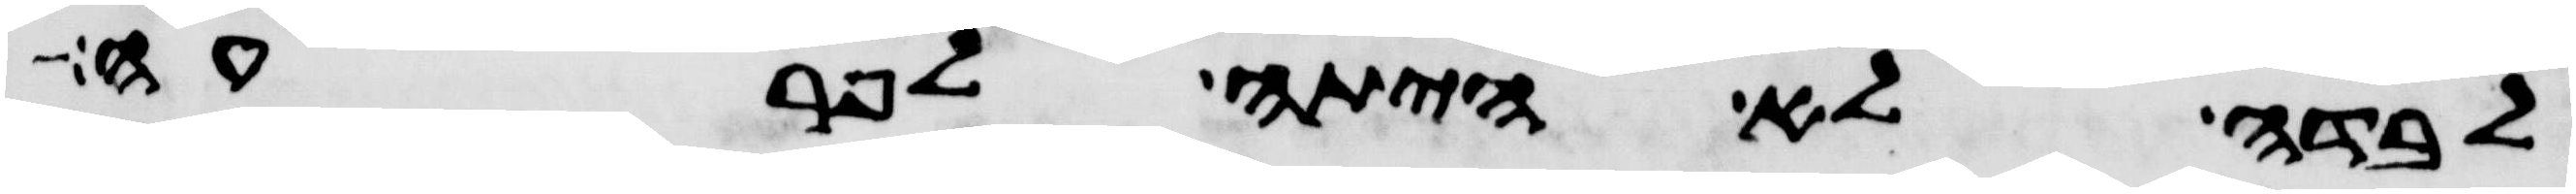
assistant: לבדה לא היתה לפרעה